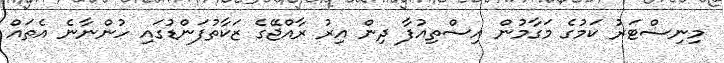
މިނިސްޓަރު ކަމުގެ މަގާމުން އިސްތިއުފާ ދިން އިރު ރާއްޖޭގެ ޒަކާތުފަންޑުގައި ހުންނާނެ އެތައް